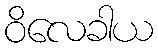
ဝိလေခါယ